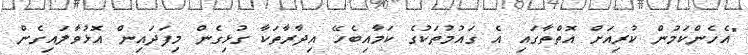
"އެހެންކަމުން ކުރިއަށް އޮތްތާގައި އެ ގައުމުތަކުގެ ކަމާއިބެހޭ އިދާރާތަކާ ގުޅިގެން މިފަދައިން އޮޅުވާލައިގެން